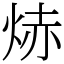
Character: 焃